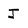
Character: J